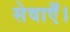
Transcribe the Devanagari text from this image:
सेवाएँ।